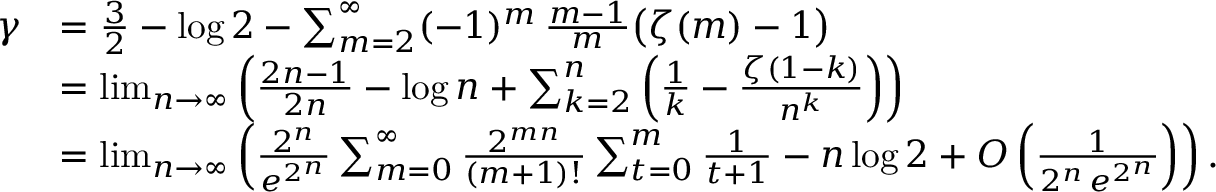
{ \begin{array} { r l } { \gamma } & { = { \frac { 3 } { 2 } } - \log 2 - \sum _ { m = 2 } ^ { \infty } ( - 1 ) ^ { m } \, { \frac { m - 1 } { m } } { \big ( } \zeta ( m ) - 1 { \big ) } } \\ & { = \operatorname* { l i m } _ { n \to \infty } \left( { \frac { 2 n - 1 } { 2 n } } - \log n + \sum _ { k = 2 } ^ { n } \left( { \frac { 1 } { k } } - { \frac { \zeta ( 1 - k ) } { n ^ { k } } } \right) \right) } \\ & { = \operatorname* { l i m } _ { n \to \infty } \left( { \frac { 2 ^ { n } } { e ^ { 2 ^ { n } } } } \sum _ { m = 0 } ^ { \infty } { \frac { 2 ^ { m n } } { ( m + 1 ) ! } } \sum _ { t = 0 } ^ { m } { \frac { 1 } { t + 1 } } - n \log 2 + O \left( { \frac { 1 } { 2 ^ { n } \, e ^ { 2 ^ { n } } } } \right) \right) . } \end{array} }